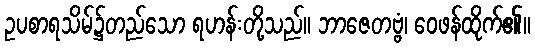
ဥပစာရသိမ်၌တည်သော ရဟန်းတို့သည်။ ဘာဇေတဗ္ဗံ၊ ဝေဖန်ထိုက်၏။